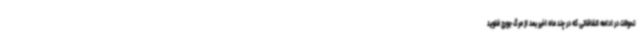
تحولات در ادامه اتفاقاتی که در چند ماه اخیر بعد از مرگ جورج فلوید